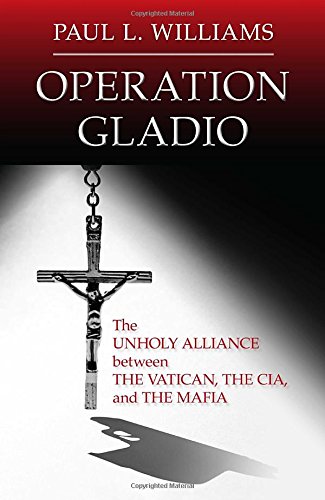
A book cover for Operation Gladio: The Unholy Alliance between the Vatican, the CIA, and the Mafia; Paul L. Williams; Biographies & Memoirs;